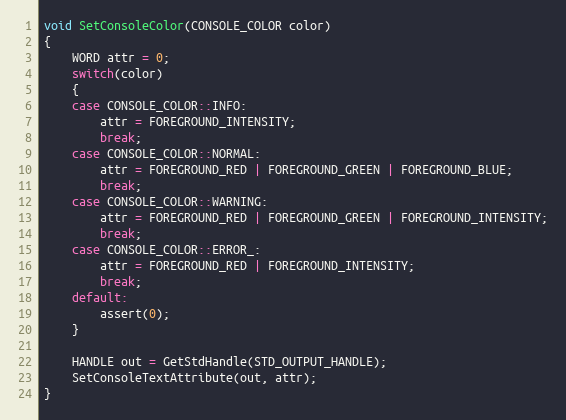
Language: C++
void SetConsoleColor(CONSOLE_COLOR color)
{
    WORD attr = 0;
    switch(color)
    {
    case CONSOLE_COLOR::INFO:
        attr = FOREGROUND_INTENSITY;
        break;
    case CONSOLE_COLOR::NORMAL:
        attr = FOREGROUND_RED | FOREGROUND_GREEN | FOREGROUND_BLUE;
        break;
    case CONSOLE_COLOR::WARNING:
        attr = FOREGROUND_RED | FOREGROUND_GREEN | FOREGROUND_INTENSITY;
        break;
    case CONSOLE_COLOR::ERROR_:
        attr = FOREGROUND_RED | FOREGROUND_INTENSITY;
        break;
    default:
        assert(0);
    }

    HANDLE out = GetStdHandle(STD_OUTPUT_HANDLE);
    SetConsoleTextAttribute(out, attr);
}